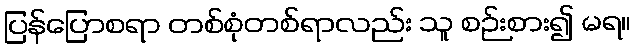
ပြန်ပြောစရာ တစ်စုံတစ်ရာလည်း သူ စဉ်းစား၍ မရ။